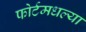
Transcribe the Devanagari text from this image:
फोर्टमधल्या